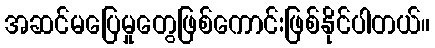
အဆင်မပြေမှုတွေဖြစ်ကောင်းဖြစ်နိုင်ပါတယ်။